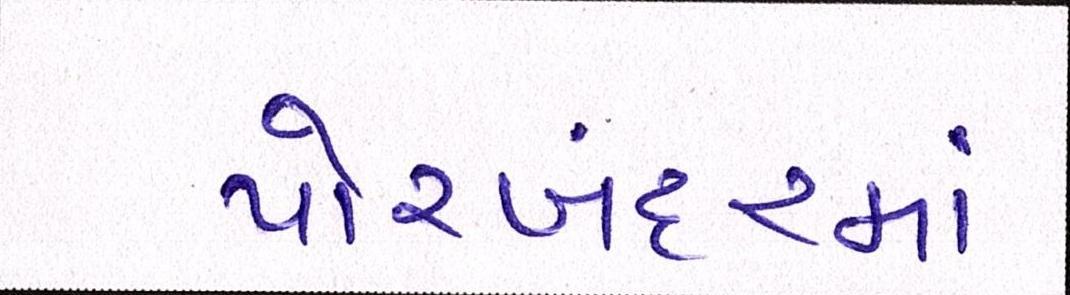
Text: પોરબંદરમાં